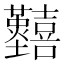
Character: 𡆐